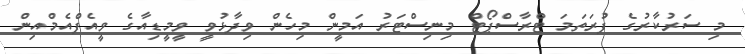
މި ސަރުކާރުގެ ފުރަަތަމަ ޓްރާސްޕޯޓް މިނިސްޓަރު އަމީން މިހެން ވިދާޅުވީ ވީމީޑިއާގެ ވީއެފްއެމްއިން